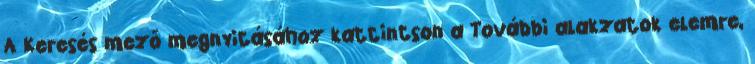
A Keresés mező megnyitásához kattintson a További alakzatok elemre,